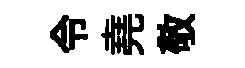
令堯敬